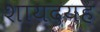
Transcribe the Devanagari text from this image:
शायदयह